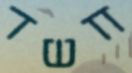
חשד